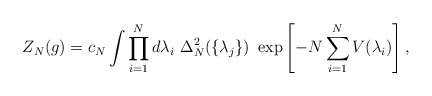
\begin{align*}Z_N(g)=c_N \int \prod^N_{i=1} d\lambda_i \ \Delta_N^2 (\{\lambda_j\}) \ \exp \left[-N \sum^N_{i=1} V(\lambda_i) \right],\end{align*}